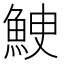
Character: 𩶳